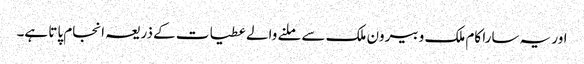
اور یہ سارا کام ملک و بیرون ملک سے ملنے والے عطیات کے ذریعہ انجام پاتا ہے۔